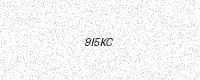
Text: 9I5KC